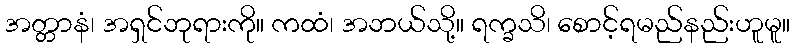
အတ္တာနံ၊ အရှင်ဘုရားကို။ ကထံ၊ အဘယ်သို့။ ရက္ခသိ၊ စောင့်ရမည်နည်းဟူမူ။